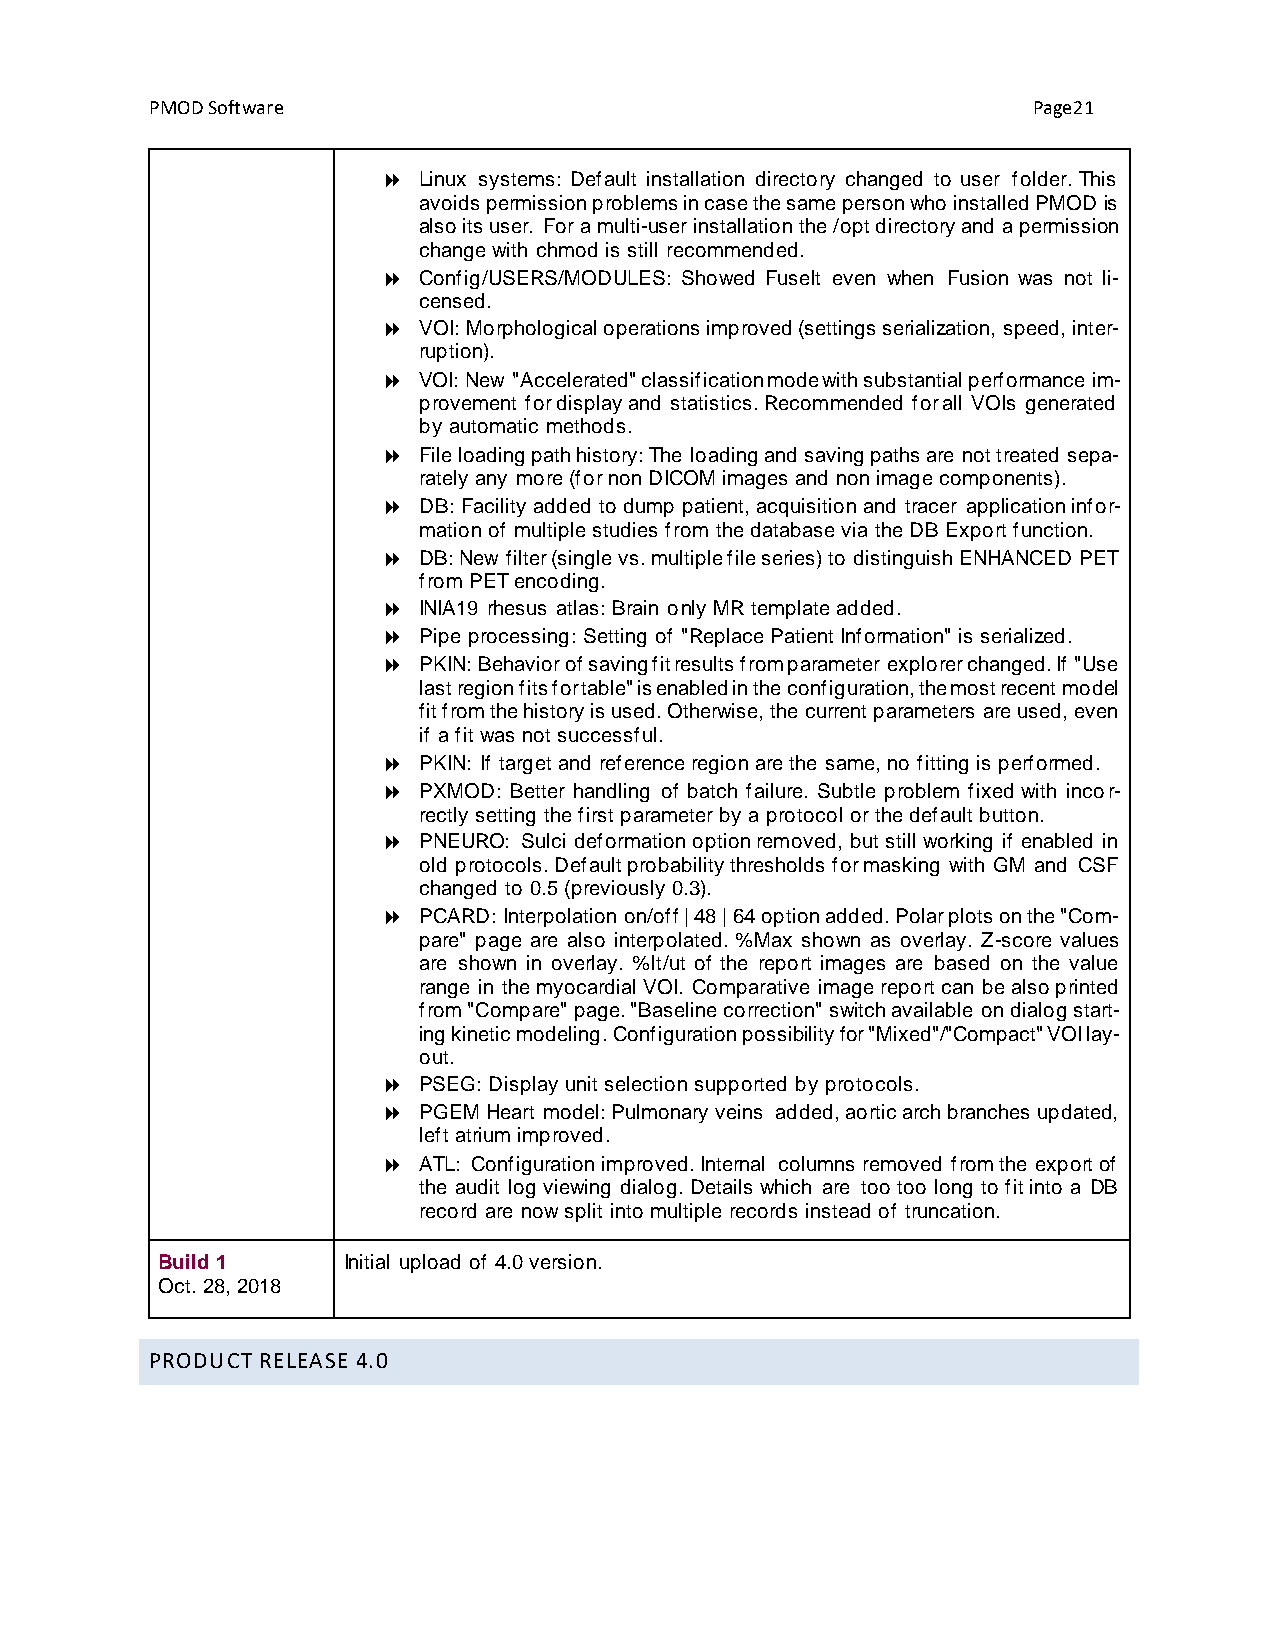
PMOD Software                                             Page21
   Linux systems: Default installation directory changed to user folder. This
 avoids permission problems in case the same person who installed PMOD is
 also its user. For a multi-user installation the /opt directory and a permission
 change with chmod is still recommended.
   Config/USERS/MODULES: Showed FuseIt even when Fusion was not li-
 censed.
   VOI: Morphological operations improved (settings serialization, speed, inter-
 ruption).
   VOI: New "Accelerated" classification mode with substantial performance im-
 provement for display and statistics. Recommended for all VOIs generated
 by automatic methods.
   File loading path history: The loading and saving paths are not treated sepa-
 rately any more (for non DICOM images and non image components).
   DB: Facility added to dump patient, acquisition and tracer application infor-
 mation of multiple studies from the database via the DB Export function.
   DB: New filter (single vs. multiple file series) to distinguish ENHANCED PET
 from PET encoding.
   INIA19 rhesus atlas: Brain only MR template added.
   Pipe processing: Setting of "Replace Patient Information" is serialized.
   PKIN: Behavior of saving fit results from parameter explorer changed. If "Use
 last region fits for table" is enabled in the configuration, the most recent model
 fit from the history is used. Otherwise, the current parameters are used, even
 if a fit was not successful.
   PKIN: If target and reference region are the same, no fitting is performed.
   PXMOD: Better handling of batch failure. Subtle problem fixed with incor-
 rectly setting the first parameter by a protocol or the default button.
   PNEURO: Sulci deformation option removed, but still working if enabled in
 old protocols. Default probability thresholds for masking with GM and CSF
 changed to 0.5 (previously 0.3).
   PCARD: Interpolation on/off | 48 | 64 option added. Polar plots on the "Com-
 pare" page are also interpolated. %Max shown as overlay. Z-score values
 are shown in overlay. %lt/ut of the report images are based on the value
 range in the myocardial VOI. Comparative image report can be also printed
 from "Compare" page. "Baseline correction" switch available on dialog start-
 ing kinetic modeling. Configuration possibility for "Mixed"/"Compact" VOI lay-
 out.
   PSEG: Display unit selection supported by protocols.
   PGEM Heart model: Pulmonary veins added, aortic arch branches updated,
 left atrium improved.
   ATL: Configuration improved. Internal columns removed from the export of
 the audit log viewing dialog. Details which are too too long to fit into a DB
 record are now split into multiple records instead of truncation.
 Build 1      Initial upload of 4.0 version.
 Oct. 28, 2018
 PRODUCT RELEASE 4.0